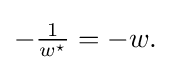
{\textstyle -{1 \over w^{\star }}=-w.}